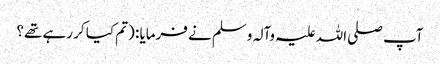
آپ صلی اللہ علیہ وآلہ وسلم نے فرمایا : (تم کیا کر رہے تھے؟